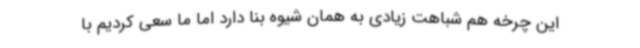
این چرخه هم شباهت زیادی به همان شیوه بنا دارد اما ما سعی کردیم با